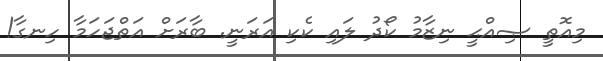
މިއޮތީ ޞިއްޙީ ނިޒާމު ކޯދު ލައި ކެކި އަރަނީ. ބާރަށް އަތްޖަހަމާ ހިނގާ!